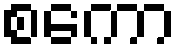
စကော